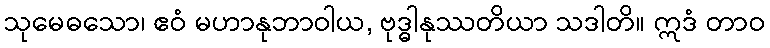
သုမေဓသော၊ ဧဝံ မဟာနုဘာဝါယ, ဗုဒ္ဓါနုဿတိယာ သဒါတိ။ ဣဒံ တာဝ